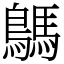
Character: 鷌